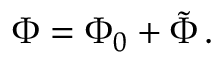
\Phi = \Phi _ { 0 } + \tilde { \Phi } \, .